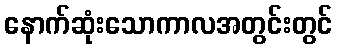
နောက်ဆုံးသောကာလအတွင်းတွင်